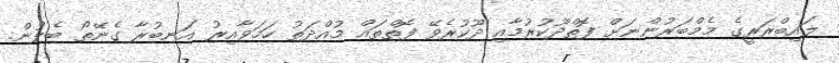
ލައިބްރަރީގެ މެމްބަރުންނަށް ފޮތްދޫކުރުމާއި ދޫކުރެވޭ ފޮތްތައް މުއްދަތު ހަމަވާއިރު އަނބުރާ ގެނޭތޯ ބެލުން.